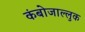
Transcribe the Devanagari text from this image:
कंबोजाल्लुक